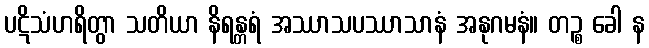
ပဋိသံဟရိတွာ သတိယာ နိရန္တရံ အဿာသပဿာသာနံ အနုဂမနံ။ တဉ္စ ခေါ န